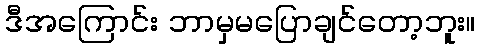
ဒီအကြောင်း ဘာမှမပြောချင်တော့ဘူး။